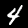
Label: 4